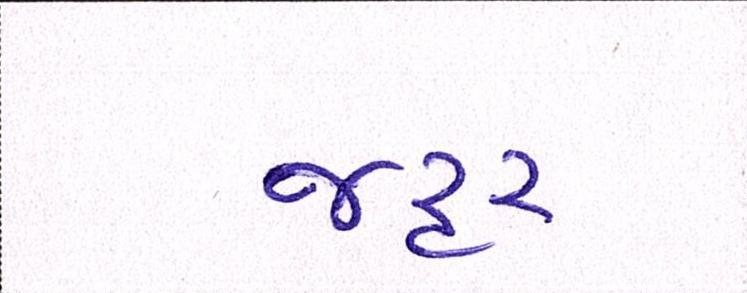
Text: જરૃર